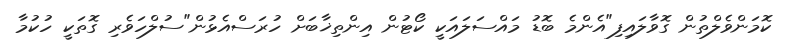
ކޮމަންވެލްތުން ގޮވާލައިފި"އެންމެ ބޮޑު މައްސަލައަކީ ކޯޓުން އިންތިޚާބަށް ހުރަސްއެޅުން"ސުލްހަވެރި ގޮތަކީ ހުކުމާ